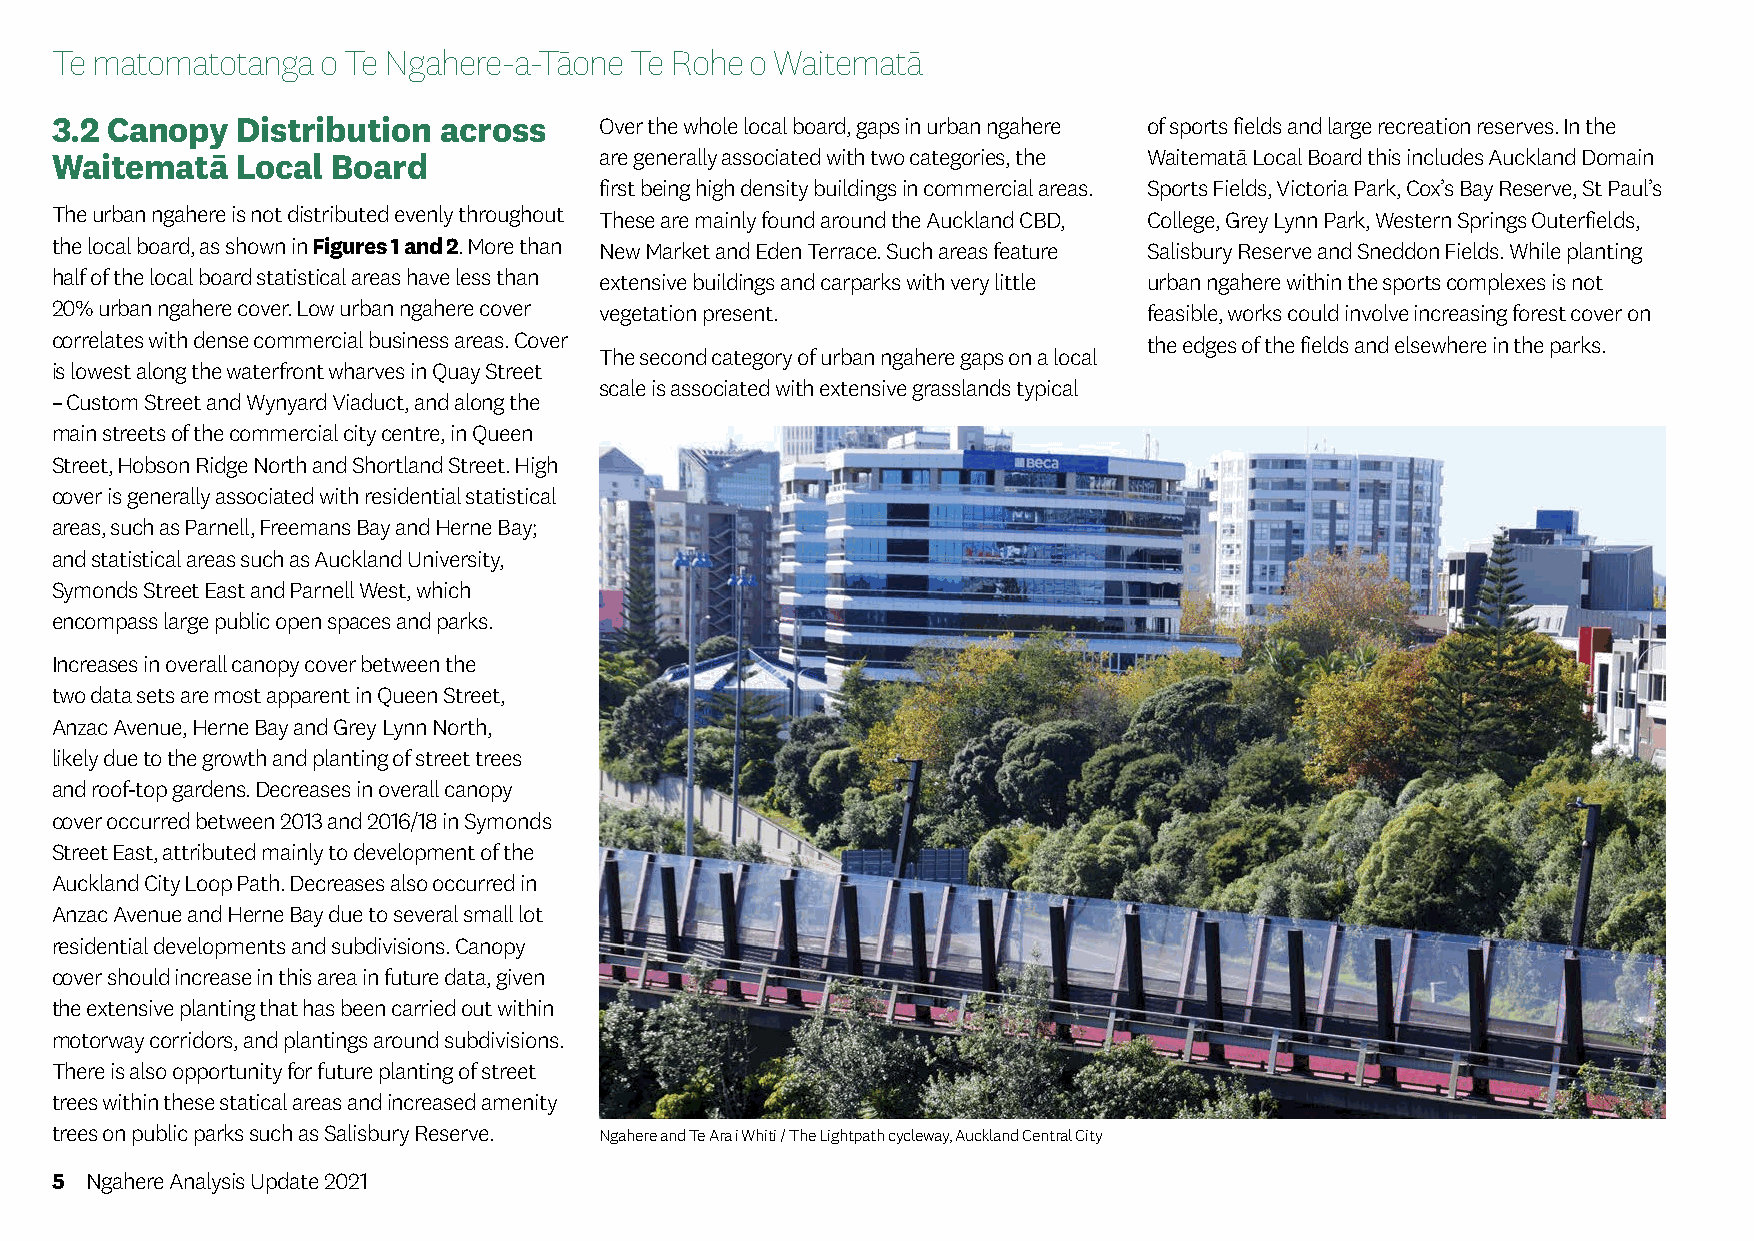
Te matomatotanga  o Te Ngahere-a-Tāone Te Rohe o Waitematā
 3.2 Canopy   Distribution across     Over the whole local board, gaps in urban ngahere of sports fields and large recreation reserves. In the
 Waitematā    Local Board             are generally associated with two categories, the Waitematā Local Board this includes Auckland Domain
 first being high density buildings in commercial areas. Sports Fields, Victoria Park, Cox’s Bay Reserve, St Paul’s
 The urban ngahere is not distributed evenly throughout These are mainly found around the Auckland CBD, College, Grey Lynn Park, Western Springs Outerfields,
 the local board, as shown in Figures 1 and 2. More than New Market and Eden Terrace. Such areas feature Salisbury Reserve and Sneddon Fields. While planting
 half of the local board statistical areas have less than extensive buildings and carparks with very little urban ngahere within the sports complexes is not
 20% urban ngahere cover. Low urban ngahere cover vegetation present.     feasible, works could involve increasing forest cover on
 correlates with dense commercial business areas. Cover                   the edges of the fields and elsewhere in the parks.
 The second category of urban ngahere gaps on a local
 is lowest along the waterfront wharves in Quay Street
 scale is associated with extensive grasslands typical
 – Custom Street and Wynyard Viaduct, and along the
 main streets of the commercial city centre, in Queen
 Street, Hobson Ridge North and Shortland Street. High
 cover is generally associated with residential statistical
 areas, such as Parnell, Freemans Bay and Herne Bay;
 and statistical areas such as Auckland University,
 Symonds Street East and Parnell West, which
 encompass large public open spaces and parks.
 Increases in overall canopy cover between the
 two data sets are most apparent in Queen Street,
 Anzac Avenue, Herne Bay and Grey Lynn North,
 likely due to the growth and planting of street trees
 and roof-top gardens. Decreases in overall canopy
 cover occurred between 2013 and 2016/18 in Symonds
 Street East, attributed mainly to development of the
 Auckland City Loop Path. Decreases also occurred in
 Anzac Avenue and Herne Bay due to several small lot
 residential developments and subdivisions. Canopy
 cover should increase in this area in future data, given
 the extensive planting that has been carried out within
 motorway corridors, and plantings around subdivisions.
 There is also opportunity for future planting of street
 trees within these statical areas and increased amenity
 trees on public parks such as Salisbury Reserve. Ngahere and Te Ara i Whiti / The Lightpath cycleway, Auckland Central City
 5  Ngahere Analysis Update 2021